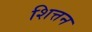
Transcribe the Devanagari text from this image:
शित्तन